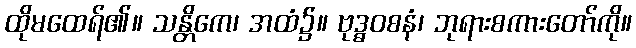
ထိုမထေရ်၏။ သန္တိကေ၊ အထံ၌။ ဗုဒ္ဓဝစနံ၊ ဘုရားစကားတော်ကို။